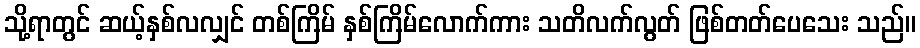
သို့ရာတွင် ဆယ့်နှစ်လလျှင် တစ်ကြိမ် နှစ်ကြိမ်လောက်ကား သတိလက်လွတ် ဖြစ်တတ်ပေသေး သည်။